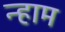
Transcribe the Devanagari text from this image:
न्हाम